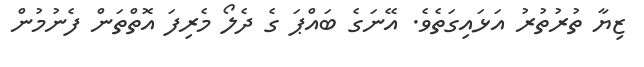
ޒިޔާ ތުރުތުރު އަޅައިގަތެވެ. އޭނަގެ ބައްޕަ ގެ ދެލޯ މެރިފަ އޮތްތަން ފެނުމުން